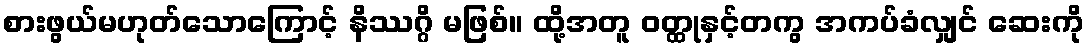
စားဖွယ်မဟုတ်သောကြောင့် နိဿဂ္ဂိ မဖြစ်။ ထို့အတူ ဝတ္ထုနှင့်တကွ အကပ်ခံလျှင် ဆေးကို